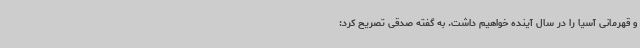
و قهرمانی آسیا را در سال آینده خواهیم داشت. به گفته صدقی تصریح کرد: